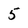
Character: 5